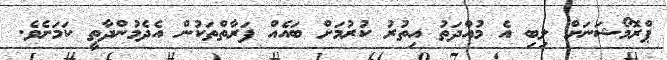
ޕްރޮމޯޝަނަށް ލިބި އެ މުއްދަތު އިތުރު ކުރުމަށް ބައެއް ފަރާތްތަކުން އެދެމުންދާތީ ކަމަށެވެ.